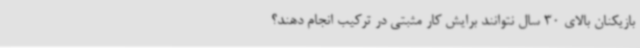
بازیکنان بالای 30 سال نتوانند برایش کار مثبتی در ترکیب انجام دهند؟